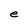
Character: e